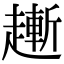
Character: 𧽯